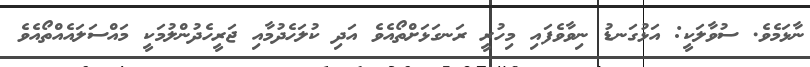
ނާޅަމެވެ. ސުވާލަކީ: އަޅުގަނޑު ނިވާވެފައި މިހުރީ ރަނގަޅަށްތޯއެވެ އަދި ކުލަހެދުމާއި ޖަރީހެދުންލުމަކީ މައްސަލައެއްތޯއެވެ